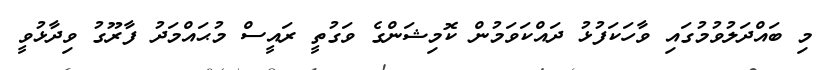
މި ބައްދަލުވުމުގައި ވާހަކަފުޅު ދައްކަވަމުން ކޮމިޝަންގެ ވަގުތީ ރައީސް މުޙައްމަދު ފާރޫގު ވިދާޅުވީ